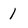
Character: 1